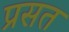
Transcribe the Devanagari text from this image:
प्रसत